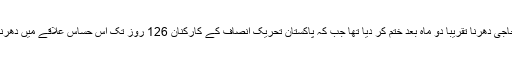
طاہرالقادری نے اپنا احتجاجی دھرنا تقریباً دو ماہ بعد ختم کر دیا تھا جب کہ پاکستان تحریک انصاف کے کارکنان 126 روز تک اس حساس علاقے میں دھرنا دیے بیٹھے رہے تھے۔